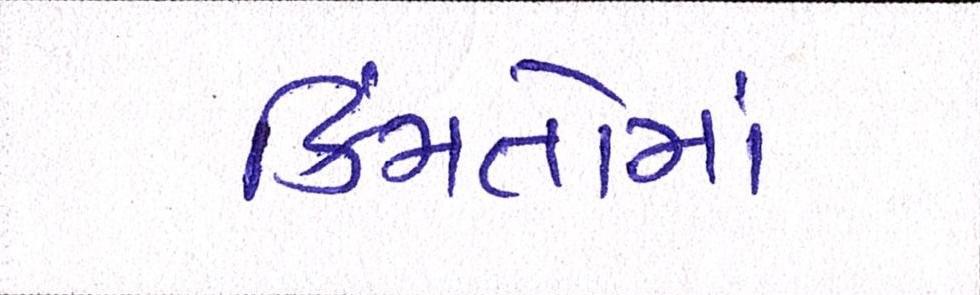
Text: કિંમતોમાં